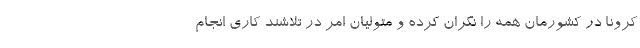
کرونا در کشورمان همه را نگران کرده و متولیان امر در تلاشند کاری انجام